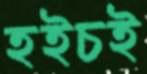
হইচই